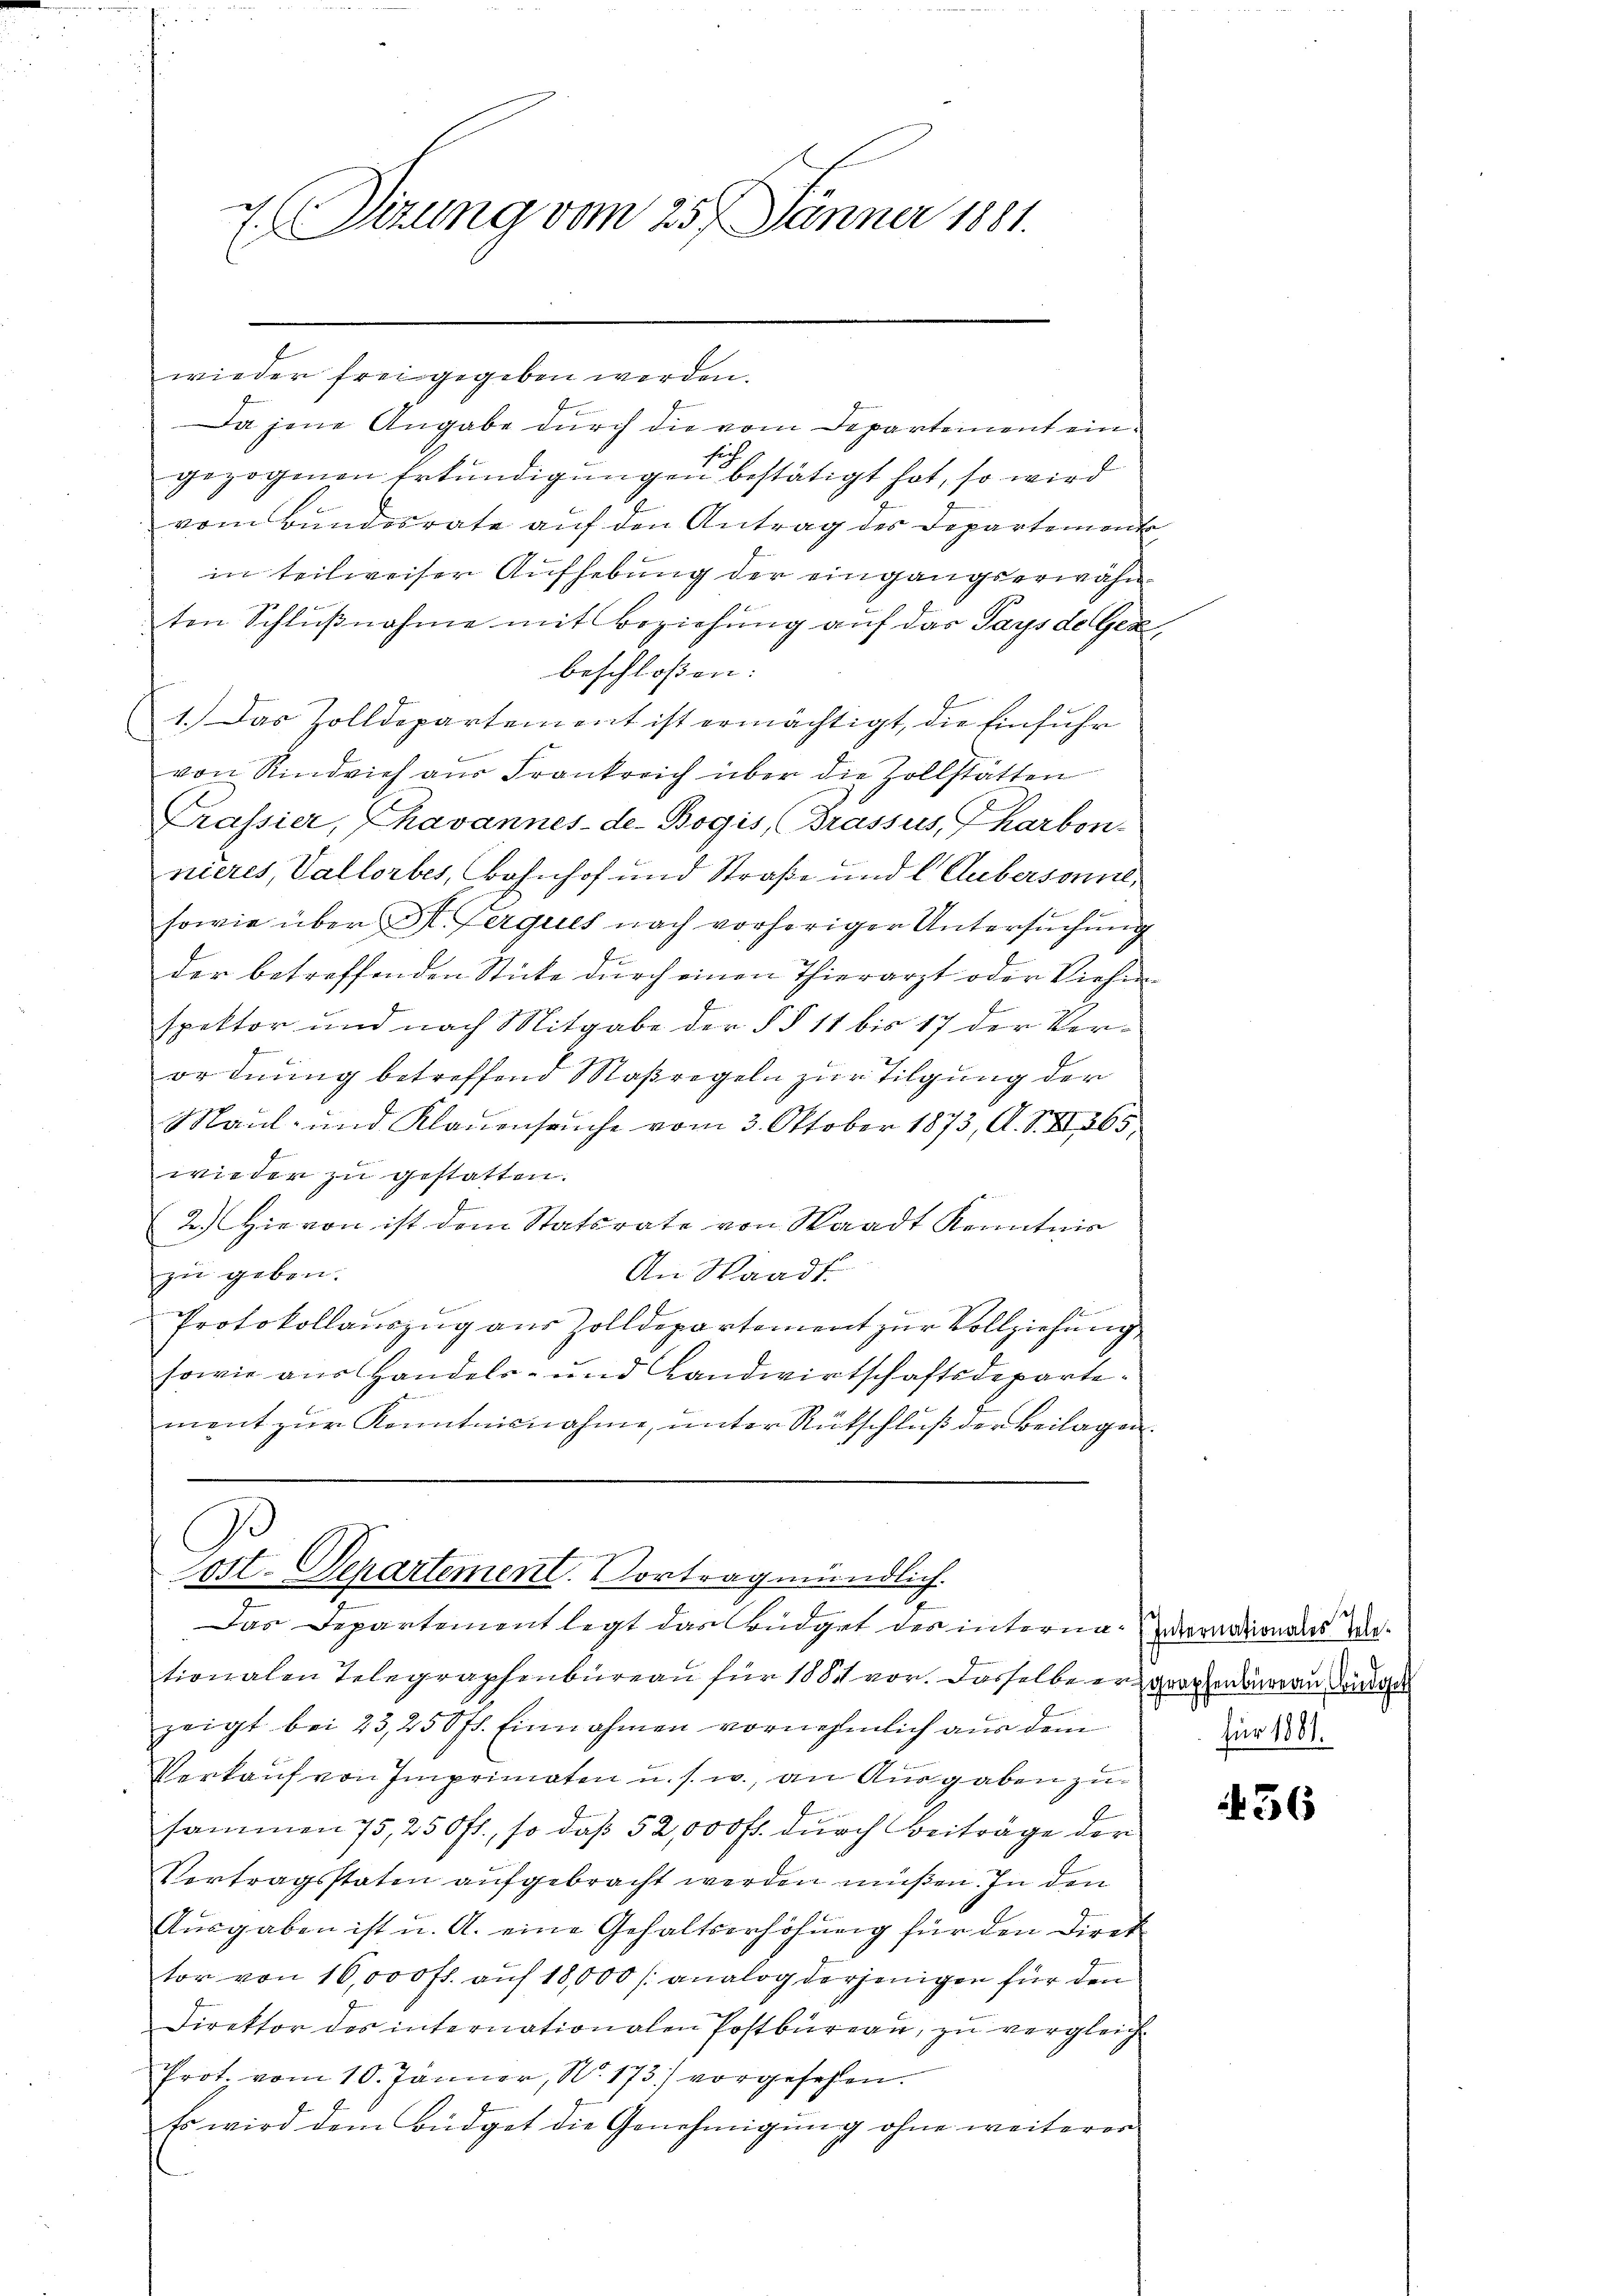
wieder frei gegeben werden.
Da jene Angabe durch die vom Departement eintig
gezogenen Erkundigungen bestätigt hat, so wird
vom Bundesrate auf den Antrag des Departemonte
in teilweiser Aufhebung der eingangserwähnten Schlußnahme mit Beziehung auf das Pays de Gex,
beschloßen:
1. Das Zolldepartement ist ermächtigt, die Einführ
von Rindvieh aus Frankreich über die Zollstätten
Crassier, Thavannes-de-Bogis, (Trassus, Tharben-
nieres, Vallorbes, Bahnhof und Straße und l. Gubersonnel,
sowie über St. Ferques nach vorheriger Untersuchung
der betreffenden Stücke dŭrch einen Thierarzt oder Viehen
spektor und nach Mitgabe der § § 11 bis 17 der Verordnung betreffend Maßregeln zur Tilgung der
Maul- und Klauenseuche vom 3. Oktober 1873, A. S. Z. 365,
wieder zu gestatten.
2.) Hievon ist dem Statsrate von Waadt Kenntnis
An Waadt
zu geben.
Protokollauszug aus Zolldepartement zur Vollziehung
sowie aus Handels- und Landwirtschaftsdepartement zŭr Kenntnisnahme, unter Rütschlŭβ der Beilagen.

7. Sitzung vom 25. Jänner 1881.

B
Post-Departement. Vortrag mündlich.
Das Departement legt das Büdget der interna donationales We¬

tionalen Telegraphenbureau für 1881 vor. Dasselbe er prophenbureau den ge
zeigt bei 23, 250 fl. Einnahmen vornehmlich aus dem
Verkauf von Imprimaten u. s. w., an Ausgaben zusammen 75, 250 fl., so daß 52,000 fl. durch Beiträge der
Vertragsstaten aufgebracht werden müßen. In den
Ausgaben ist u. A. eine Gehaltserhöhung für den Direk
tor von 16,000 fr. auf 18,000 analog derjenigen für den
Direktor des internationalen Postbüreaŭ zŭ vergleich-
Prot. vom 10. Jänner, No. 173) vorgesehen.
so wird dem Büdget die Genehmigung ohne weiterer

für 1881.

456